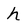
Character: h